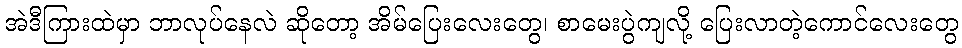
အဲဒီကြားထဲမှာ ဘာလုပ်နေလဲ ဆိုတော့ အိမ်ပြေးလေးတွေ၊ စာမေးပွဲကျလို့ ပြေးလာတဲ့ကောင်လေးတွေ